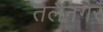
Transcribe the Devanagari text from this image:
तलैनगर